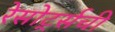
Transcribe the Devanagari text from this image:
रेसोर्ट्सची